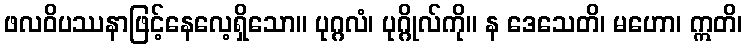
ဖလဝိပဿနာဖြင့်နေလေ့ရှိသော။ ပုဂ္ဂလံ၊ ပုဂ္ဂိုလ်ကို။ န ဒေသေတိ၊ မဟော၊ ဣတိ၊